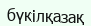
бүкілқазақ